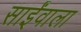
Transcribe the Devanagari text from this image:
साईंवाला